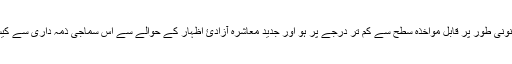
اگر یہ نفرت والی تقریر قانونی طور پر قابلِ مواخذہ سطح سے کم تر درجے پر ہو اور جدید معاشرہ آزادئ اظہار کے حوالے سے اس سماجی ذمہ داری سے کیسے عہدہ برآ ہو سکتا ہے؟